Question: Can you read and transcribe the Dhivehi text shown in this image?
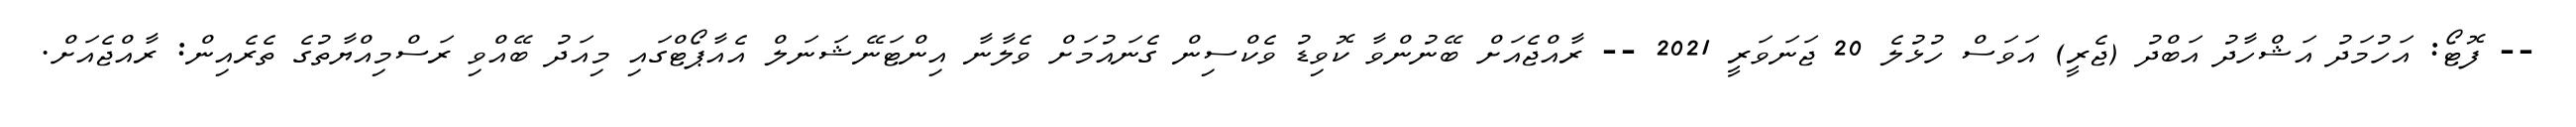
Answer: -- ފޮޓޯ: އަހުމަދު އަޝްހާދު އަބްދު (ޖެރީ) އަވަސް ހުޅުލެ 20 ޖަނަވަރީ 2021 -- ރާއްޖެއަށް ބޭނުންވާ ކޮވިޑު ވެކްސިން ގެނައުމަށް ވެލާނާ އިންޓަނޭޝަނަލް އެއާޕޯޓްގައި މިއަދު ބޭއްވި ރަސްމިއްޔާތުގެ ތެރެއިން: ރާއްޖެއަށް.